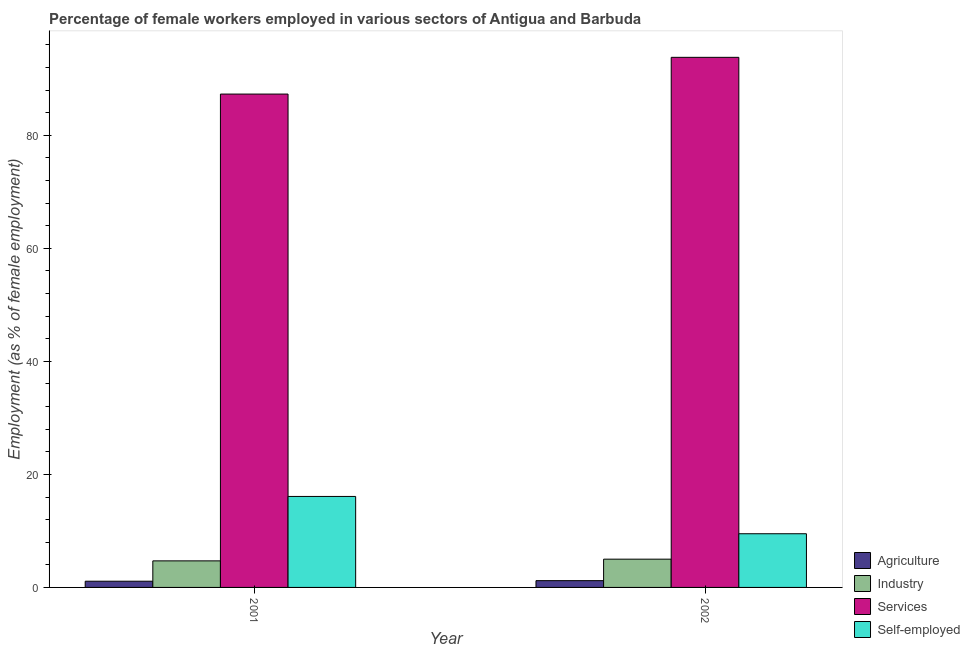
| Year | Agriculture | Industry | Services | Self-employed |
 | --- | --- | --- | --- | --- |
 | 2001 | 1.1 | 4.7 | 87.3 | 16.1 |
 | 2002 | 1.2 | 5 | 93.8 | 9.5 |